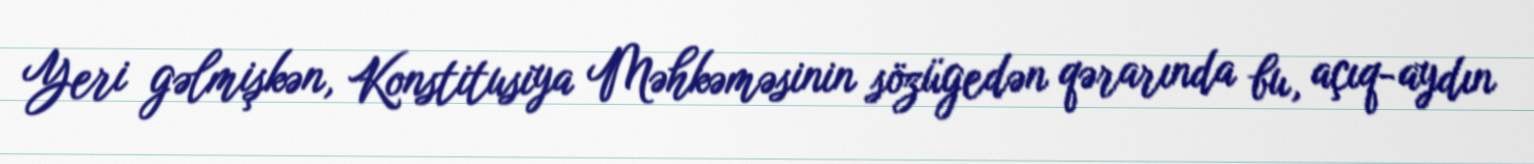
Yeri gəlmişkən, Konstitusiya Məhkəməsinin sözügedən qərarında bu, açıq-aydın